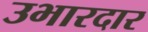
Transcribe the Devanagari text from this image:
उभारदार